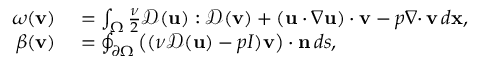
\begin{array} { r l } { \omega ( { \mathbf v } ) } & { { } = \int _ { \Omega } \frac { \nu } { 2 } { \mathcal { D } } ( { \mathbf u } ) : { \mathcal { D } } ( { \mathbf v } ) + ( { \mathbf u } \cdot \nabla { \mathbf u } ) \cdot { \mathbf v } - p { { \nabla \cdot } \, } { \mathbf v } \, d { \mathbf x } , } \\ { \beta ( { \mathbf v } ) } & { { } = \oint _ { { \partial \Omega } } \big ( ( \nu { \mathcal { D } } ( { \mathbf u } ) - p I ) { \mathbf v } \big ) \cdot { \mathbf n } \, d s , } \end{array}